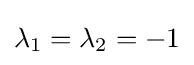
\lambda _{1}=\lambda _{2}=-1